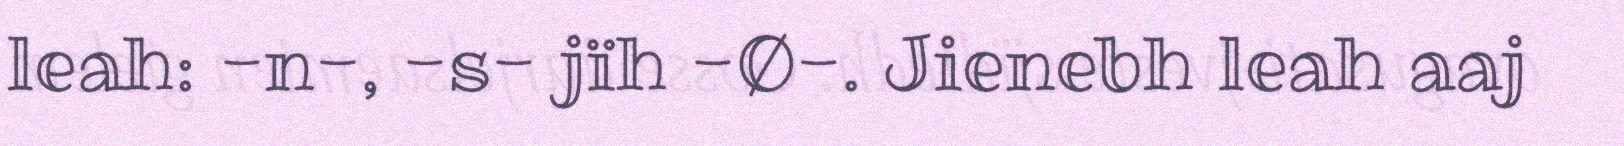
leah: -n-, -s- jïh -Ø-. Jienebh leah aaj